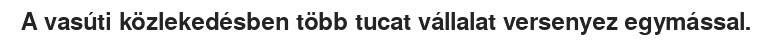
A vasúti közlekedésben több tucat vállalat versenyez egymással.